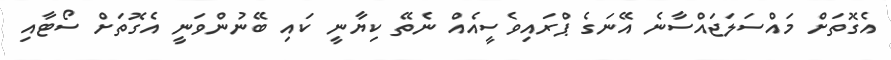
އެގޮތަށް މައްސަލަޖައްސާނެ އޭނަގެ ޕްރައިވެސީއެއް ނެތޭ ކިޔާނީ ކައި ބޭނުންވަނީ އެގޮތަށް ސޯޓާއި